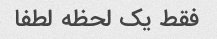
فقط یک لحظه لطفا